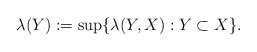
\begin{align*}\lambda(Y) :=\sup\lbrace\lambda(Y,X):Y\subset X\rbrace.\end{align*}